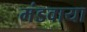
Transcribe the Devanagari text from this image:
मंडवाया